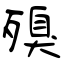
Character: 殠